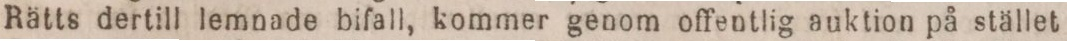
Rätts dertill lemnade bifall, kommer genom offentlig auktion på stället